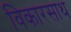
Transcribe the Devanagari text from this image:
विकारसाथ